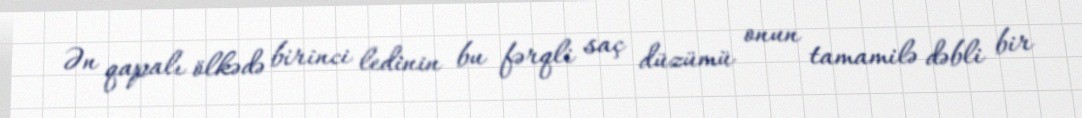
Ən qapalı ölkədə birinci ledinin bu fərqli saç düzümü onun tamamilə dəbli bir